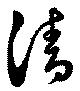
淸